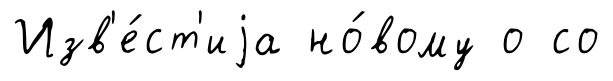
Изв'е́ст'иjа но́вому о со